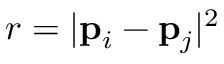
r = | \mathbf { p } _ { i } - \mathbf { p } _ { j } | ^ { 2 }